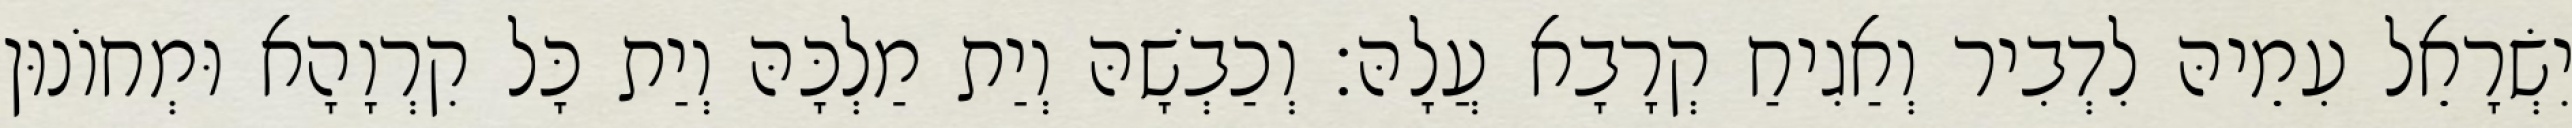
יִשְׂרָאֵל עִמֵיהּ לִדְבִיר וְאַגִיחַ קְרָבָא עֲלָהּ׃ וְכַבְשָׁהּ וְיַת מַלְכָּהּ וְיַת כָּל קִרְוָהָא וּמְחוֹנוּן